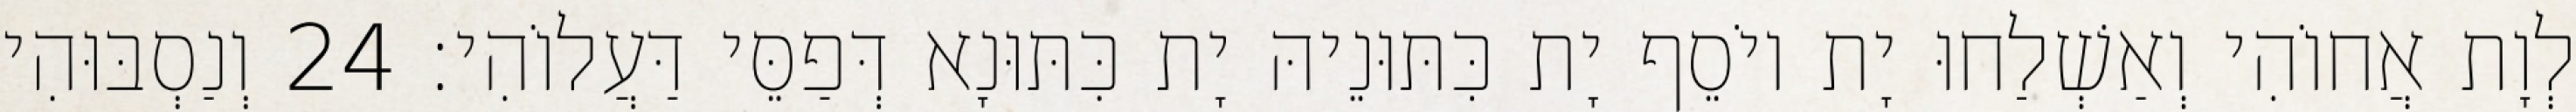
לְוָת אֲחוֹהִי וְאַשְׁלַחוּ יָת יוֹסֵף יָת כִּתּוּנֵיהּ יָת כִּתּוּנָא דְּפַסֵּי דַּעֲלוֹהִי׃ 24 וְנַסְבּוּהִי